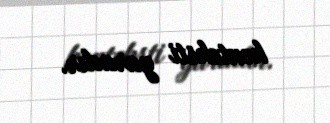
konteksti yaradır.